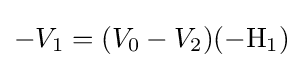
-V_{1}=(V_{0}-V_{2})(-\mathrm {H_{1}} )